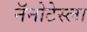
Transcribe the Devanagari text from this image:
नॅनोटेस्ला